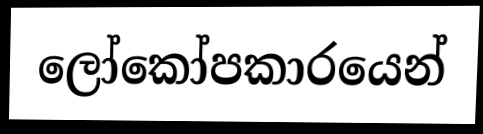
ලෝකෝපකාරයෙන්